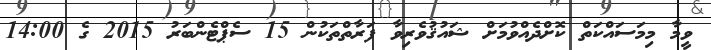
ވީމާ މިމަސައްކަތް ކޮށްދެއްވުމަށް ޝައުޤުވެރިވާ ފަރާތްތަކުން 15 ސެޕްޓެންބަރު 2015 ގެ 14:00